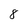
Character: 8